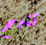
تنبح